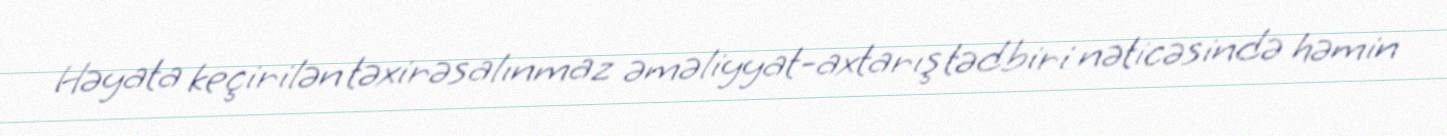
Həyata keçirilən təxirəsalınmaz əməliyyat-axtarış tədbiri nəticəsində həmin